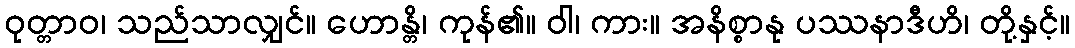
ဝုတ္တာဝ၊ သည်သာလျှင်။ ဟောန္တိ၊ ကုန်၏။ ဝါ၊ ကား။ အနိစ္စာနု ပဿနာဒီဟိ၊ တို့နှင့်။